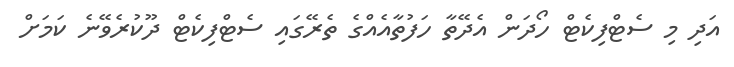
އަދި މި ސެޓްފިކެޓް ހޯދަން އެދޭތާ ހަފުތާއެއްގެ ތެރޭގައި ސެޓްފިކެޓް ދޫކުރެވޭނެ ކަމަށް